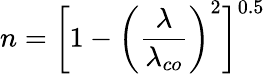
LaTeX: n=\bigg[1-\bigg(\frac{\lambda}{\lambda_{co}}\bigg)^{2}\bigg]^{0.5}